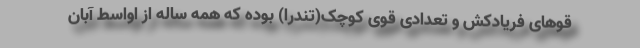
قوهای فریادکش و تعدادی قوی کوچک(تندرا) بوده که همه ساله از اواسط آبان